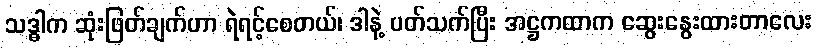
သဒ္ဓါက ဆုံးဖြတ်ချက်ဟာ ရဲရင့်စေတယ်၊ ဒါနဲ့ ပတ်သက်ပြီး အဋ္ဌကထာက ဆွေးနွေးထားတာလေး